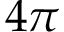
4 \pi